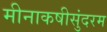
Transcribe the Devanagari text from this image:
मीनाकषीसुंदरम